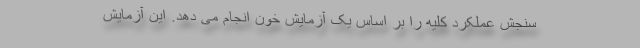
سنجش عملکرد کلیه را بر اساس یک آزمایش خون انجام می دهد. این آزمایش